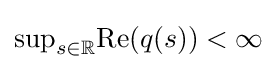
{\text{sup}}_{s\in \mathbb {R} }{\text{Re}}(q(s))<\infty